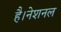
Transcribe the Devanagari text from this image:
है।नेशनल